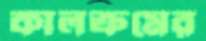
কালক্রমের